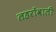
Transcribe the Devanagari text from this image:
लहरोंवाली